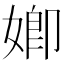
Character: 𡟧